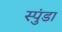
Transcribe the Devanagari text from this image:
स्पुंडा